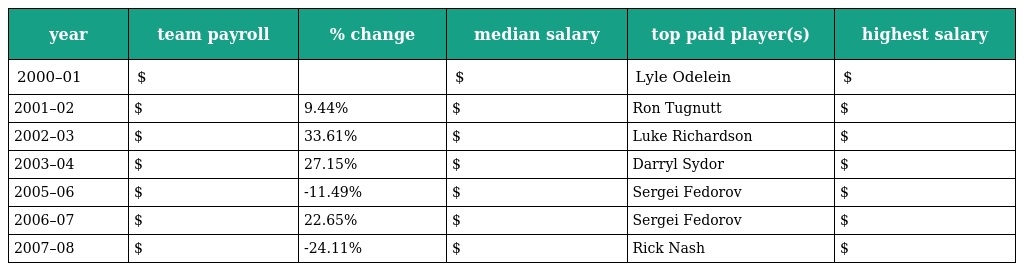
| year | team payroll | % change | median salary | top paid player(s) | highest salary |
 | --- | --- | --- | --- | --- | --- |
 | 2000–01 | $ |  | $ | Lyle Odelein | $ |
 | 2001–02 | $ | 9.44% | $ | Ron Tugnutt | $ |
 | 2002–03 | $ | 33.61% | $ | Luke Richardson | $ |
 | 2003–04 | $ | 27.15% | $ | Darryl Sydor | $ |
 | 2005–06 | $ | -11.49% | $ | Sergei Fedorov | $ |
 | 2006–07 | $ | 22.65% | $ | Sergei Fedorov | $ |
 | 2007–08 | $ | -24.11% | $ | Rick Nash | $ |